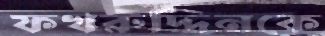
ফখরুদ্দিনকে